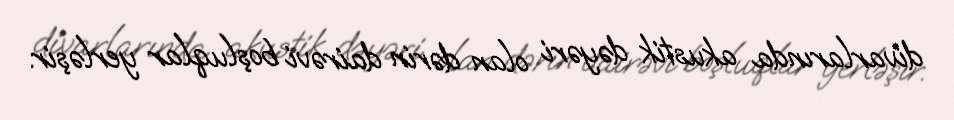
divarlarında akustik dəyəri olan dərin dairəvi boşluqlar yerləşir.